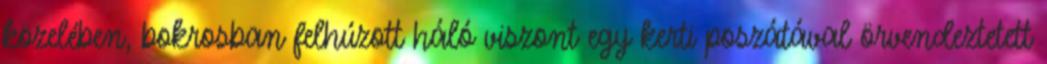
közelében, bokrosban felhúzott háló viszont egy kerti poszátával örvendeztetett